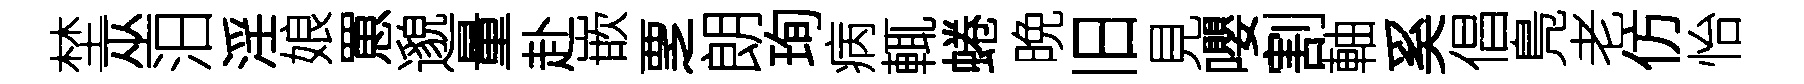
埜巫汨淫娘罳邈量赴嵌覂朗珣病輒蜷晩旧見嚶割軸奚倡鳬老仿怡